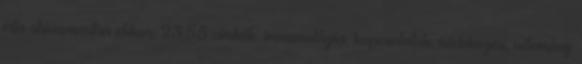
írta shivamantra ekkor: 23:55 címkék: immunológia, kapcsolatok, védekezés, vélemény